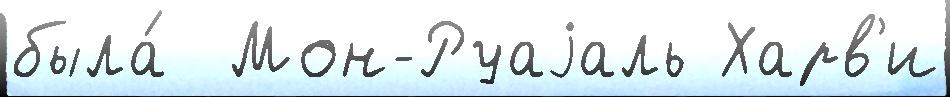
была́  Мон-Руаjаль Харв'и